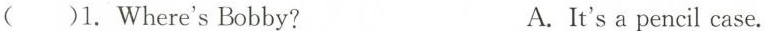
( )1.Where'sBobby? A.It's a pencil case.